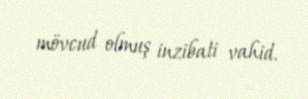
mövcud olmuş inzibati vahid.